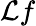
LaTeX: \mathcal{L}f